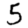
Digit: 5